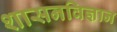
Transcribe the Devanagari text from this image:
शासनविज्ञान